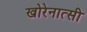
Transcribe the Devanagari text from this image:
खोरेनात्सी